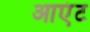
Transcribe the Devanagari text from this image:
आएंट